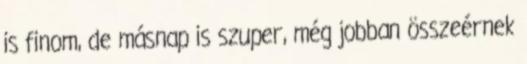
is finom, de másnap is szuper, még jobban összeérnek